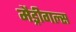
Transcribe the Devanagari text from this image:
मैड्रीगल्स